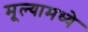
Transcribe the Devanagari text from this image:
मूल्यामध्ये